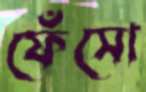
ফেঁসো